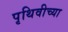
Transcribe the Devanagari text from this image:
पृथिवीच्या